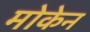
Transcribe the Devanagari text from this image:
मोकेन